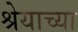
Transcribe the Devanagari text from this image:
श्रेयाच्या